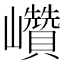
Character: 巑